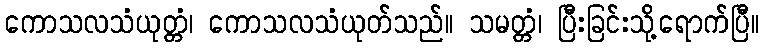
ကောသလသံယုတ္တံ၊ ကောသလသံယုတ်သည်။ သမတ္တံ၊ ပြီးခြင်းသို့ရောက်ပြီ။